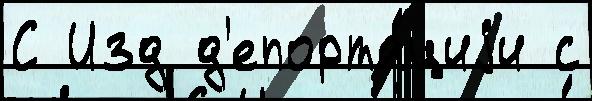
С Изд д'епорта́циjи с